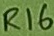
Text: R16